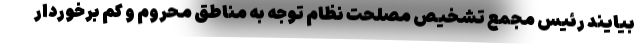
بیایند رئیس مجمع تشخیص مصلحت نظام توجه به مناطق محروم و کم برخوردار